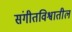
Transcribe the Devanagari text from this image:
संगीतविश्वातील